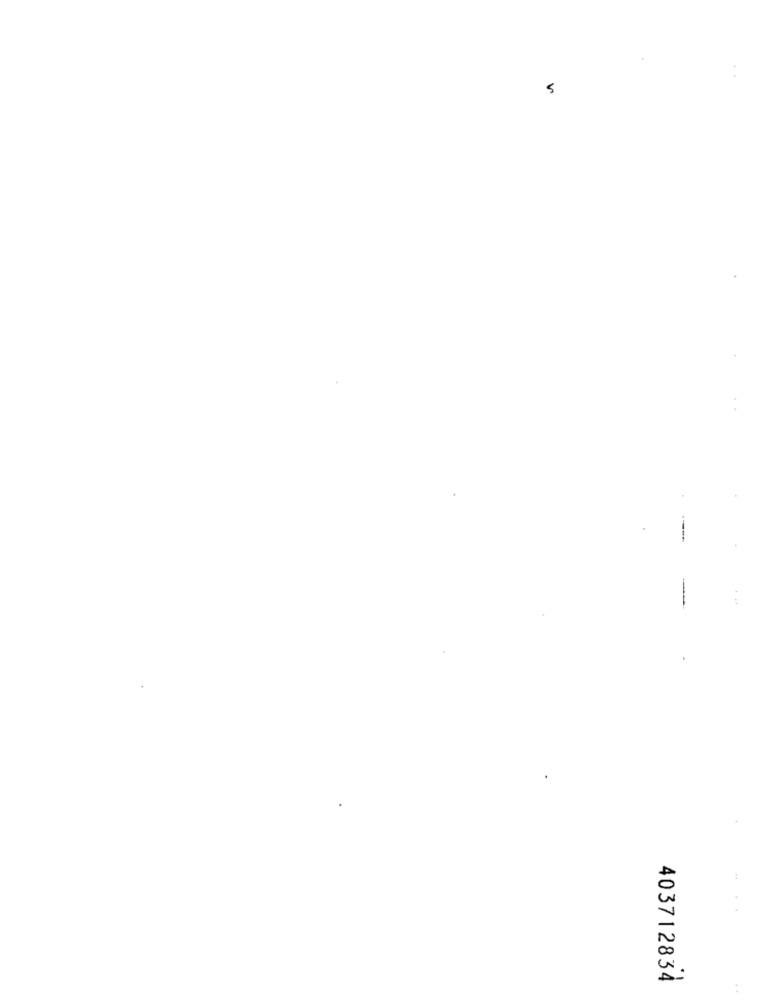
5
403712834